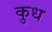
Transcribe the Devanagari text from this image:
कुध